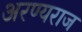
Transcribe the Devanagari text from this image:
अरण्यराज